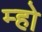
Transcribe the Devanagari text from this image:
म्हो